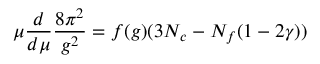
\mu \frac { d } { d \mu } \frac { 8 \pi ^ { 2 } } { g ^ { 2 } } = f ( g ) ( 3 N _ { c } - N _ { f } ( 1 - 2 \gamma ) )